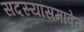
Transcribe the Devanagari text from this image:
सदस्यांसमावेत